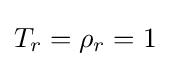
T_{r}=\rho _{r}=1